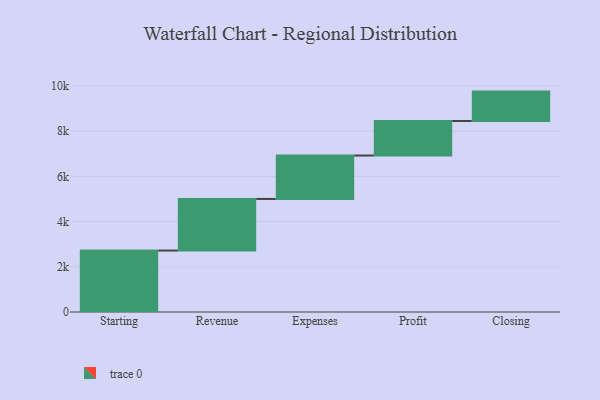
{"axis": {"x": "Step", "y": "Value"}, "legend": [""], "data": [{"x": "Starting", "y": 2717.0, "type": ""}, {"x": "Revenue", "y": 2282.0, "type": ""}, {"x": "Expenses", "y": 1920.0, "type": ""}, {"x": "Profit", "y": 1526.0, "type": ""}, {"x": "Closing", "y": 1301.0, "type": ""}]}